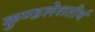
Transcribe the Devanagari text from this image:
कुण्डलेशतीर्थ